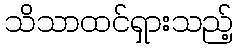
သိသာထင်ရှားသည့်